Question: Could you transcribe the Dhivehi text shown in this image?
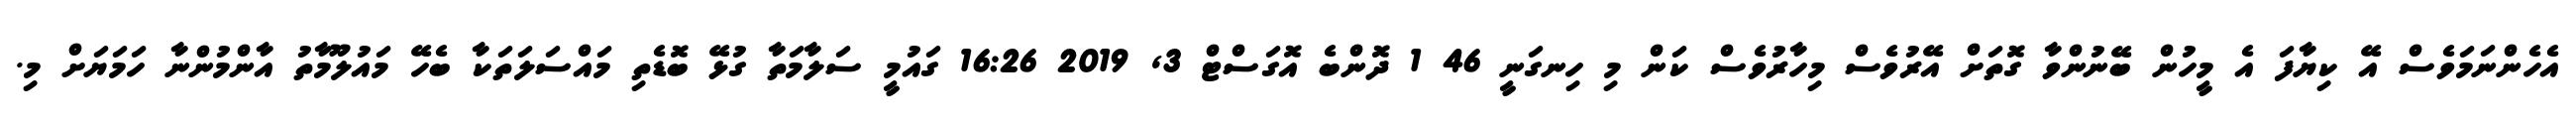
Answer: އެހެންނަމަވެސް އޭ ކިޔާފަ އެ މީހުން ބޭނުންވާ ގޮތަށް އޭރުވެސް މިހާރުވެސް ކަން މި ހިނގަނީ 46 1 ދޮންބެ އޮގަސްޓް 3, 2019 16:26 ގައުމީ ސަލާމަތާ ގުޅޭ ބޮޑެތި މައްސަލަތަކާ ބެހޭ މައުލޫމާތު އާންމުންނާ ހަމަޔަށް މި.